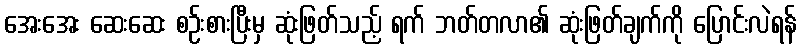
အေးအေး ဆေးဆေး စဉ်းစားပြီးမှ ဆုံးဖြတ်သည့် ရက် ဘတ်တလာ၏ ဆုံးဖြတ်ချက်ကို ပြောင်းလဲရန်